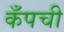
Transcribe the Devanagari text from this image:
कँपची